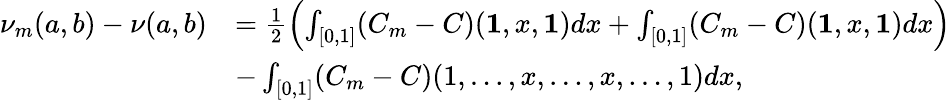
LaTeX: \begin{array}{rl}{\nu_{m}(a,b)-\nu(a,b)}&{=\frac{1}{2}\left(\int_{[0,1]}(C_{m}-C)(\textbf{1},x,\textbf{1})dx+\int_{[0,1]}(C_{m}-C)(\textbf{1},x,\textbf{1})dx\right)}\\ &{-\int_{[0,1]}(C_{m}-C)(1,\dots,x,\dots,x,\dots,1)dx,}\end{array}